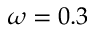
\omega = 0 . 3